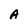
Character: A